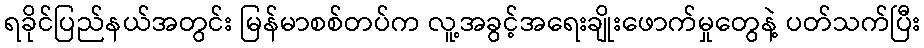
ရခိုင်ပြည်နယ်အတွင်း မြန်မာစစ်တပ်က လူ့အခွင့်အရေးချိုးဖောက်မှုတွေနဲ့ ပတ်သက်ပြီး